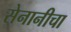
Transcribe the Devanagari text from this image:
सेनानीचा